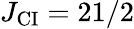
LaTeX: J_{\mathrm{CI}}=21/2